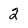
Character: 2